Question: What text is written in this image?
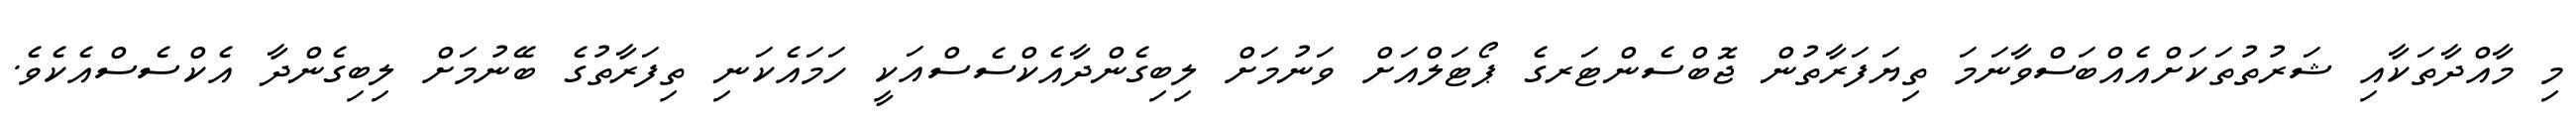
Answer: މި މާއްދާތަކާއި ޝަރުތުތަކަށްއެއްބަސްވާނަމަ ތިޔަފަރާތުން ޖޮބްސެންޓަރގެ ޕޯޓަލްއަށް ވަނުމަށް ލިބިގެންދާއެކްސެސްއަކީ ހަމައެކަނި ތިފަރާތުގެ ބޭނުމަށް ލިބިގެންދާ އެކްސެސްއެކެވެ.